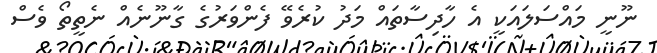
ނޫނީ މައްސަލައަކީ އެ ހާދިސާތައް މަދު ކުރެވޭ ފެންވަރުގެ ގާނޫނެއް ނެތީތޯ ވެސް